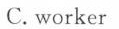
C.worker